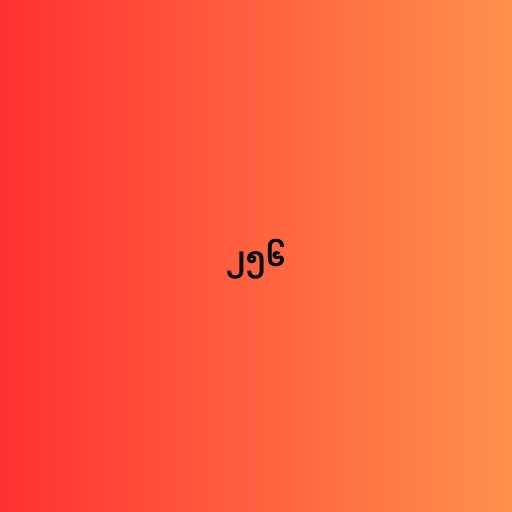
၂၅၆